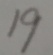
1 9